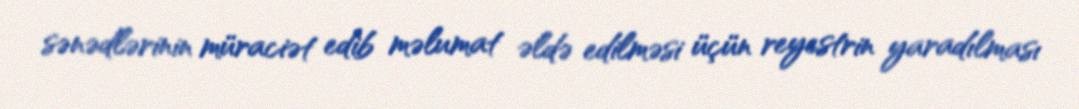
sənədlərinin müraciət edib məlumat əldə edilməsi üçün reyestrin yaradılması